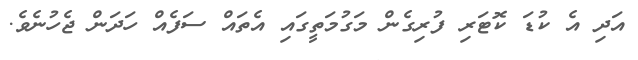
އަދި އެ ކުޑަ ކޮޓަރި ފުރިގެން މަގުމަތީގައި އެތައް ސަފެއް ހަދަން ޖެހުނެވެ.